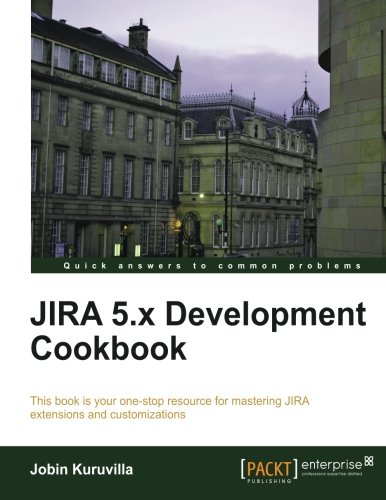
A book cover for JIRA 5.x Development Cookbook; Jobin Kuruvilla; Computers & Technology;